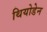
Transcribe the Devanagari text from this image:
थियोडेन